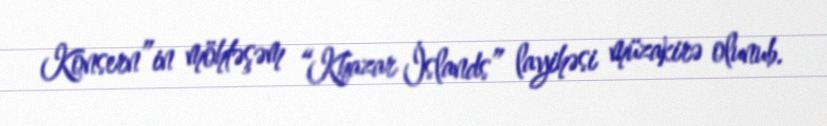
Konsern”in möhtəşəm “Khazar İslands” layihəsi müzakirə olunub.